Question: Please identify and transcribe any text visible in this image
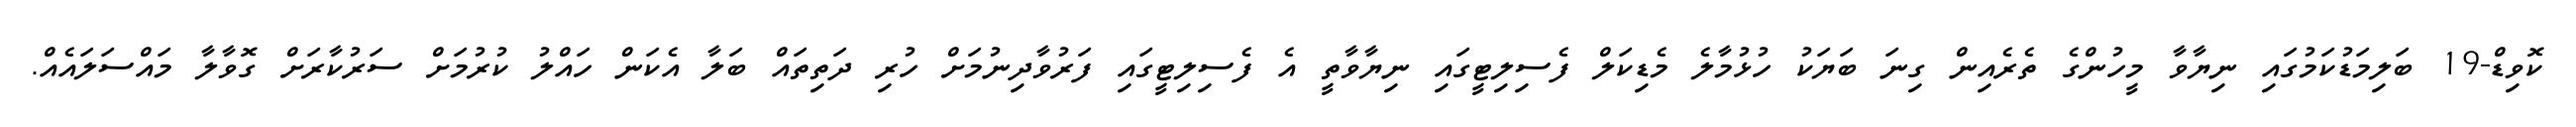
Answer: ކޮވިޑް-19 ބަލިމަޑުކަމުގައި ނިޔާވާ މީހުންގެ ތެރެއިން ގިނަ ބަޔަކު ހުޅުމާލެ މެޑިކަލް ފެސިލިޓީގައި ނިޔާވާތީ އެ ފެސިލިޓީގައި ފަރުވާދިނުމަށް ހުރި ދަތިތައް ބަލާ އެކަން ހައްލު ކުރުމަށް ސަރުކާރަށް ގޮވާލާ މައްސަލައެއް.